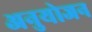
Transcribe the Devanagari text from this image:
अनुयोजन